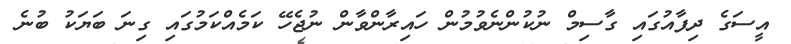
އީސަގެ ދިފާއުގައި ގާސިމް ނުކުންނެވުމުން ހައިރާންވާން ނުޖެހޭ ކަމެއްކަމުގައި ގިނަ ބަޔަކު ބުނެ